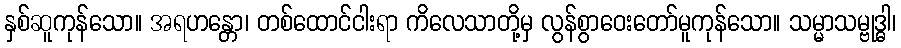
နှစ်ဆူကုန်သော။ အရဟန္တော၊ တစ်ထောင်ငါးရာ ကိလေသာတို့မှ လွန်စွာဝေးတော်မူကုန်သော။ သမ္မာသမ္ဗုဒ္ဓါ၊